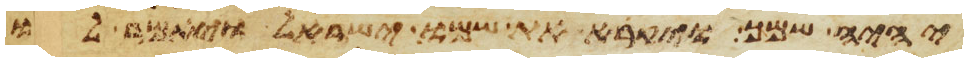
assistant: יהיה שמך ויקרא את שמו ישראל ויאמר לו